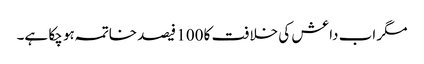
مگر اب داعش کی خلافت کا 100 فیصد خاتمہ ہو چکا ہے۔